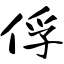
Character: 俘